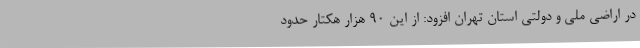
در اراضی ملی و دولتی استان تهران افزود: از این 90 هزار هکتار حدود